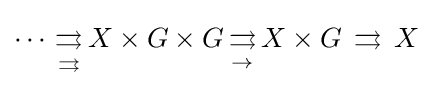
\cdots \,{\underset {\rightrightarrows }{\rightrightarrows }}\,X\times G\times G\,{\underset {\rightarrow }{\rightrightarrows }}\,X\times G\,\rightrightarrows \,X